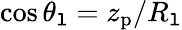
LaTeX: \cos\theta_{\mathtt{l}}=z_{\mathrm{{p}}}/R_{\mathtt{l}}